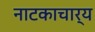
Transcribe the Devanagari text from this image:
नाटकाचार्य